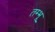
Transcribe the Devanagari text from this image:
तम्भू